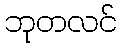
ဘုတလင်